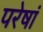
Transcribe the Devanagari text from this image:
परेषां